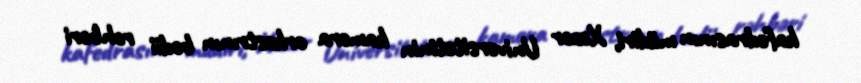
kafedrasının müdiri, Xəzər Universitetinin kamera orkestrının bədii rəhbəri